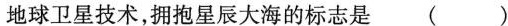
地球卫星技术，拥抱星辰大海的标志是()